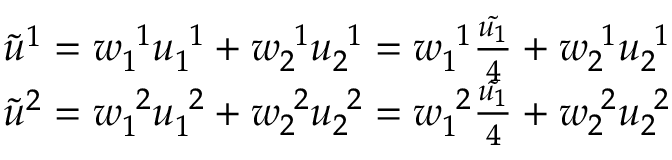
\begin{array} { r l } & { \tilde { u } ^ { 1 } = w _ { 1 \ } ^ { \ 1 } u _ { 1 \ } ^ { \ 1 } + w _ { 2 \ } ^ { \ 1 } u _ { 2 \ } ^ { \ 1 } = w _ { 1 \ } ^ { \ 1 } \frac { \tilde { u _ { 1 } } } { 4 } + w _ { 2 \ } ^ { \ 1 } u _ { 2 \ } ^ { \ 1 } } \\ & { \tilde { u } ^ { 2 } = w _ { 1 \ } ^ { \ 2 } u _ { 1 \ } ^ { \ 2 } + w _ { 2 \ } ^ { \ 2 } u _ { 2 \ } ^ { \ 2 } = w _ { 1 \ } ^ { \ 2 } \frac { \tilde { u _ { 1 } } } { 4 } + w _ { 2 \ } ^ { \ 2 } u _ { 2 \ } ^ { \ 2 } } \end{array}